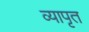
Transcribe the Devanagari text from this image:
व्यापृत